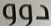
دوو